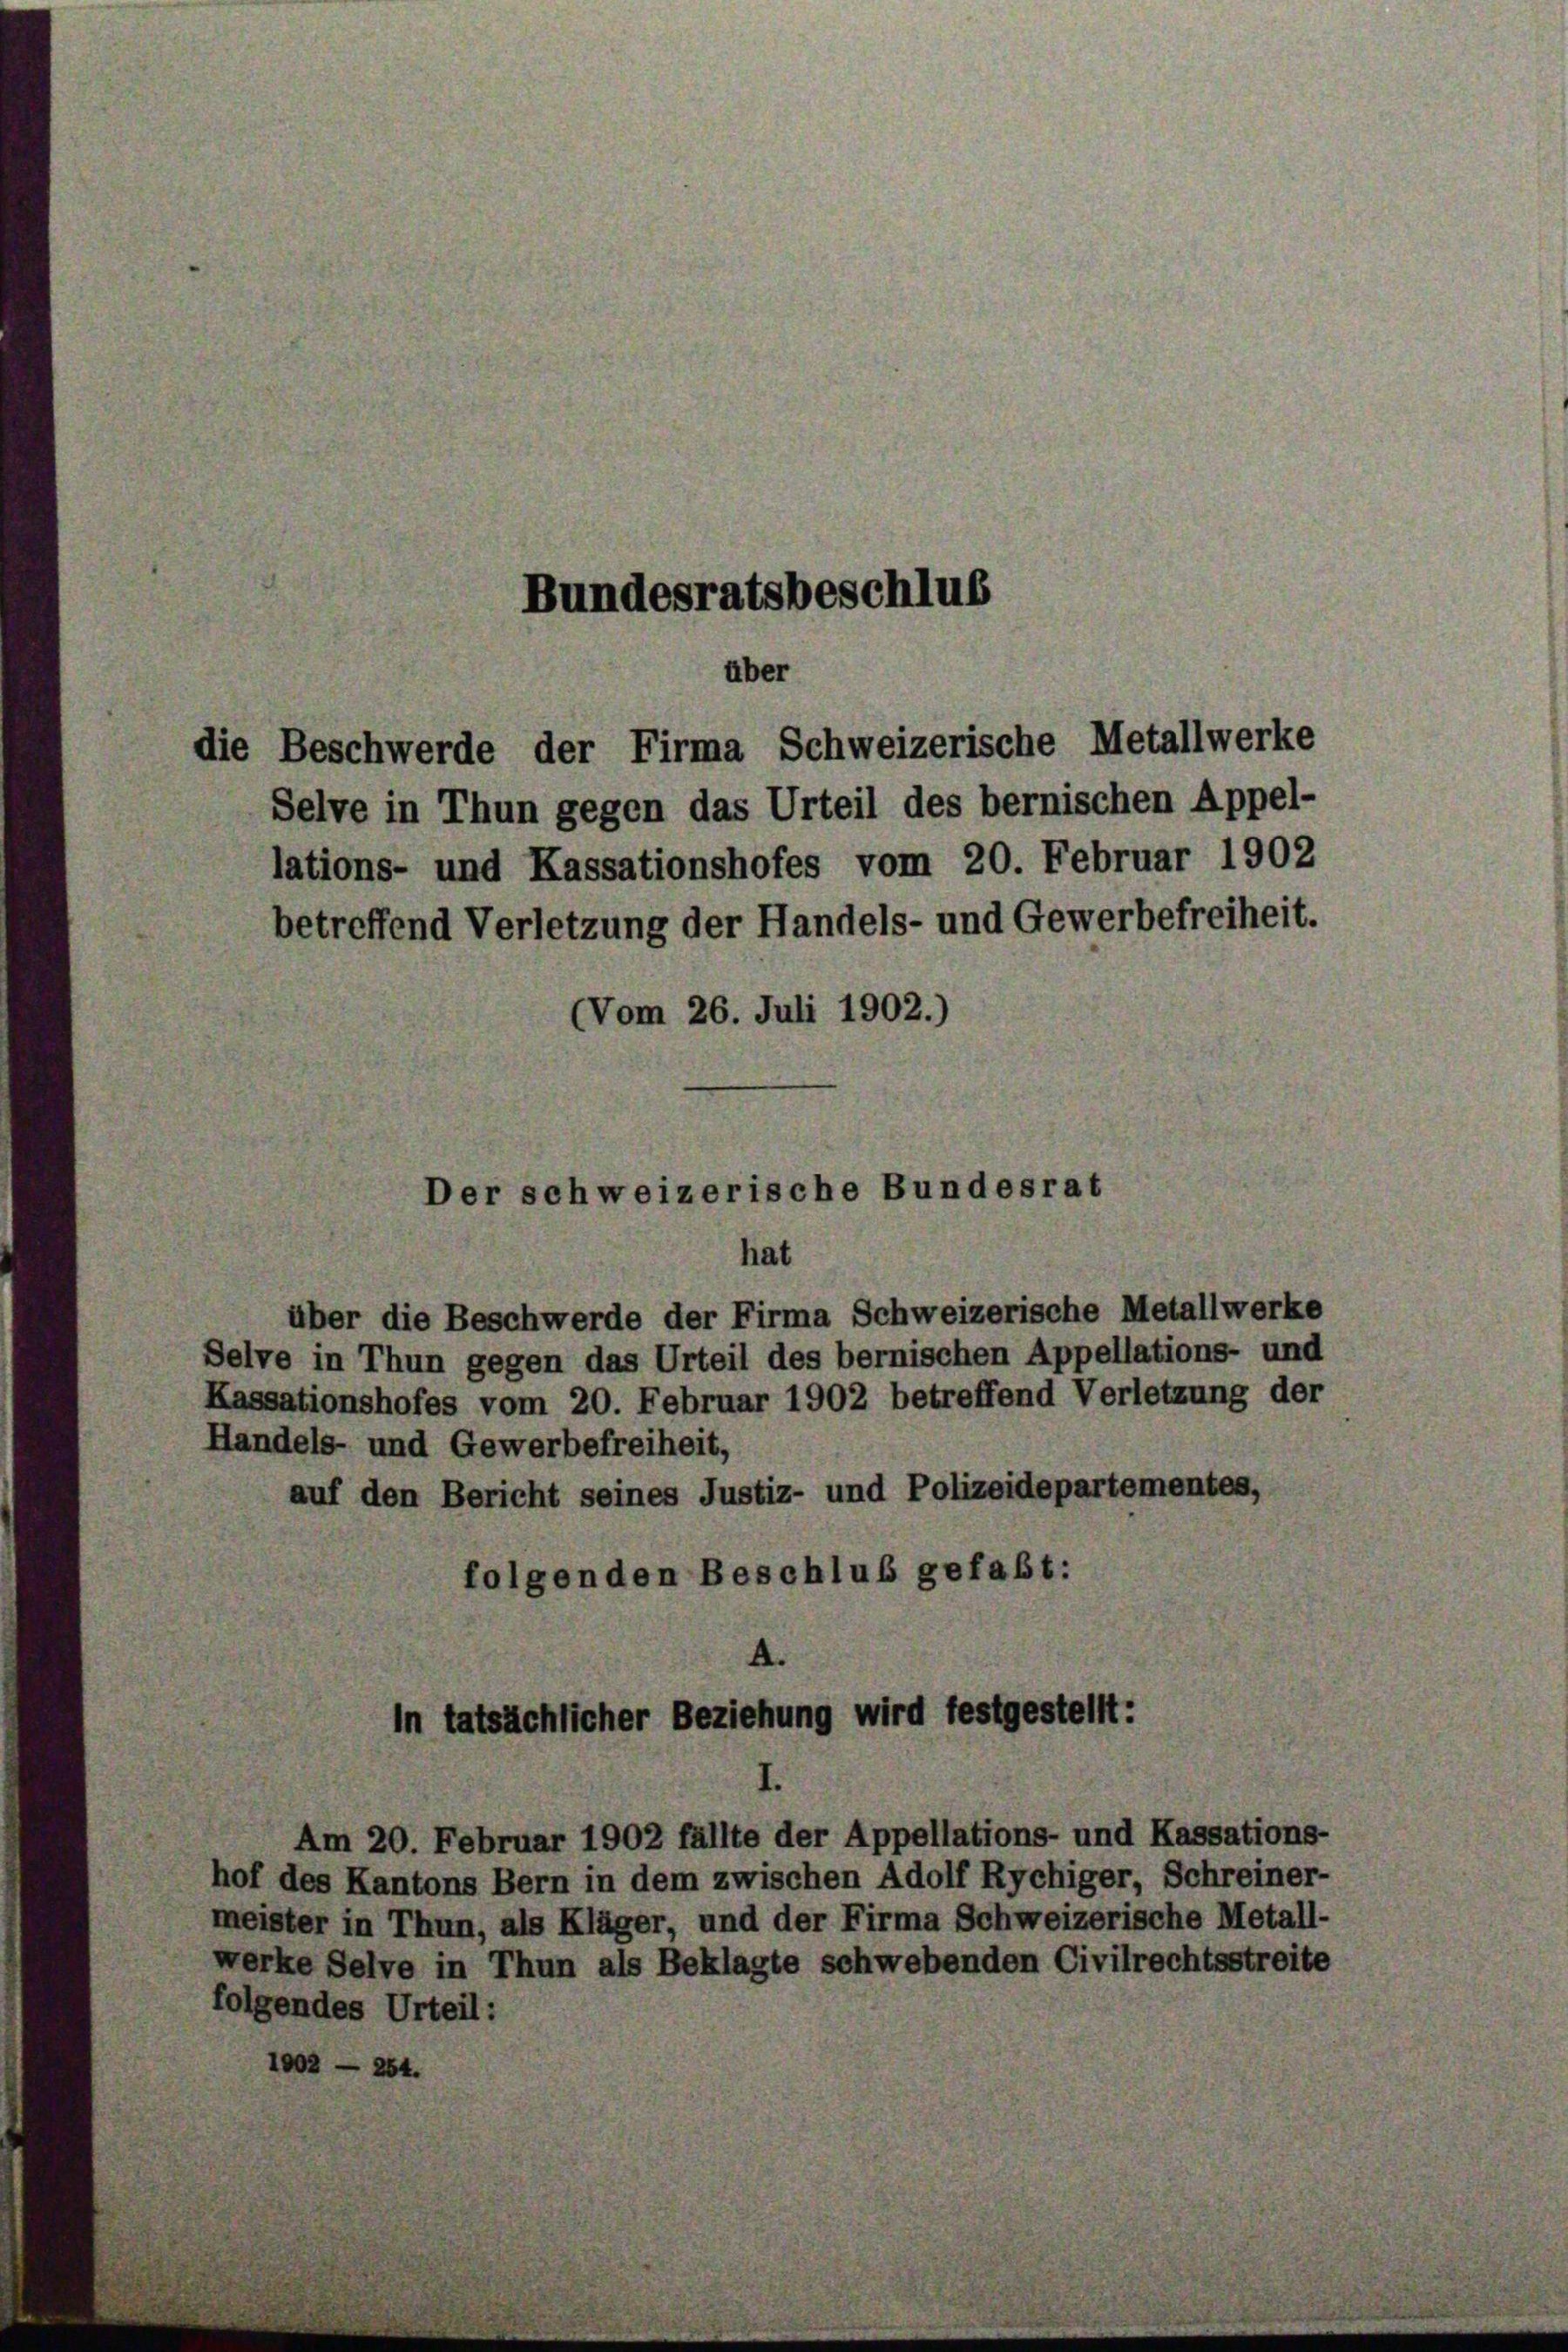
die Beschwerde der Firma Schweizerische Metallwerke
Selve in Thun gegen das Urteil des bernischen Appel-
lations- und Kassationshofes vom 20. Februar 1902
betreffend Verletzung der Handels- und Gewerbefreiheit.
(Vom 26. Juli 1902.)

Bundesratsbeschlus
über

Der schweizerische Bundesrat
hat

über die Beschwerde der Firma Schweizerische Metallwerke
Selve in Thun gegen das Urteil des bernischen Appellations- und
Kassationshofes vom 20. Februar 1902 betreffend Verletzung der
Handels- und Gewerbefreiheit,
auf den Bericht seines Justiz- und Polizeidepartement
folgenden Beschluß gefaßt:

A.
In tatsächlicher Beziehung wird festgestellt:

Am 20. Februar 1902 fällte der Appellations- und Kassations-
hof des Kantons Bern in dem zwischen Adolf Rychiger, Schreiner-
meister in Thun, als Kläger, und der Firma Schweizerische Metall-
werke Selve in Thun als Beklagte schwebenden Civilrech
folgendes Urteil: